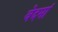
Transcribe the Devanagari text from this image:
वेदमां